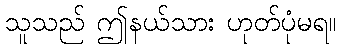
သူသည် ဤနယ်သား ဟုတ်ပုံမရ။